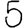
Digit: 5